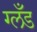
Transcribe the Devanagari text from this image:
ग्लँड